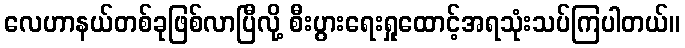
လေဟာနယ်တစ်ခုဖြစ်လာပြီလို့ စီးပွားရေးရှုထောင့်အရသုံးသပ်ကြပါတယ်။